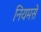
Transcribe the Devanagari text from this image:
नियमसे